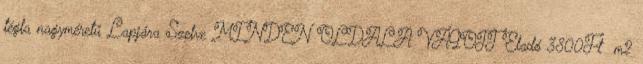
tégla nagyméretű Lapjára Szelve MINDEN OLDALA VÁGOTT Eladó 3800Ft m2